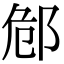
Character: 䣀